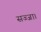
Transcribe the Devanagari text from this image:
सज्जा।